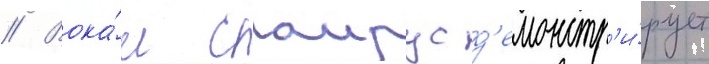
// Вока́л саирус д'емонстр'и́рует